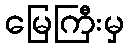
မြေကြီးမှ